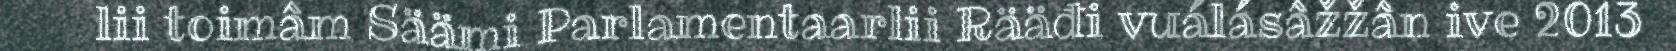
lii toimâm Säämi Parlamentaarlii Rääđi vuálásâžžân ive 2013